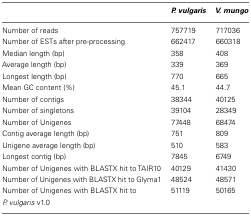
<table><thead><tr><td></td><td><b><i>P. vulgaris</i></b></td><td><b><i>V. mungo</i></b></td></tr></thead><tbody><tr><td>Number of reads</td><td>757719</td><td>717036</td></tr><tr><td>Number of ESTs after pre-processing</td><td>662417</td><td>660318</td></tr><tr><td>Median length (bp)</td><td>358</td><td>408</td></tr><tr><td>Average length (bp)</td><td>339</td><td>369</td></tr><tr><td>Longest length (bp)</td><td>770</td><td>665</td></tr><tr><td>Mean GC content (%)</td><td>45.1</td><td>44.7</td></tr><tr><td>Number of contigs</td><td>38344</td><td>40125</td></tr><tr><td>Number of singletons</td><td>39104</td><td>28349</td></tr><tr><td>Number of Unigenes</td><td>77448</td><td>68474</td></tr><tr><td>Contig average length (bp)</td><td>751</td><td>809</td></tr><tr><td>Unigene average length (bp)</td><td>510</td><td>583</td></tr><tr><td>Longest contig (bp)</td><td>7845</td><td>6749</td></tr><tr><td>Number of Unigenes with BLASTX hit to TAIR10</td><td>40129</td><td>41430</td></tr><tr><td>Number of Unigenes with BLASTX hit to Glyma1</td><td>48524</td><td>48571</td></tr><tr><td>Number of Unigenes with BLASTX hit to <i>P. vulgaris</i> v1.0</td><td>51119</td><td>50165</td></tr></tbody></table>